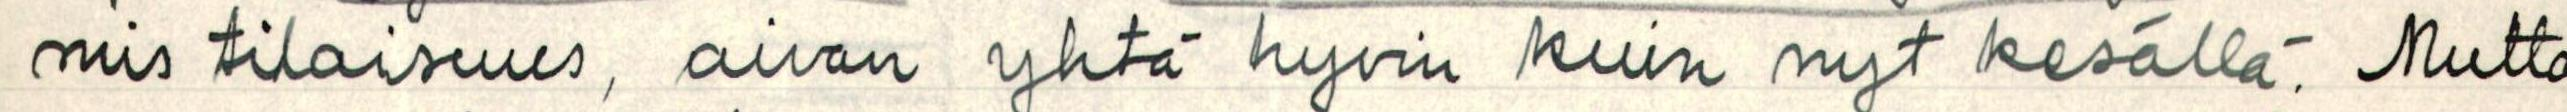
mis tilaisuus, aivan yhtä hyvin kuin nyt kesällä. Mutta